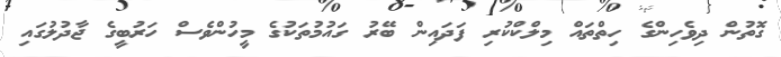
ގޮތުން ދިވެހިންގެ ހިތްތައް މިލްކްކުރި ފަދައިން ބޭރު ގައުމުތަކުގެ މީހުންވެސް ހަރުބީގެ ޖާދުލުގައި